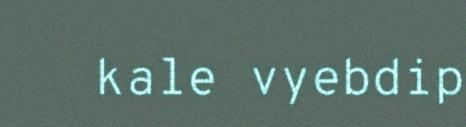
kale vyebdip